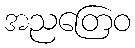
အညတြေဝ